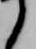
ゝ